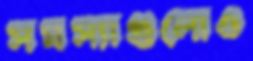
সমস্যাগুলোও